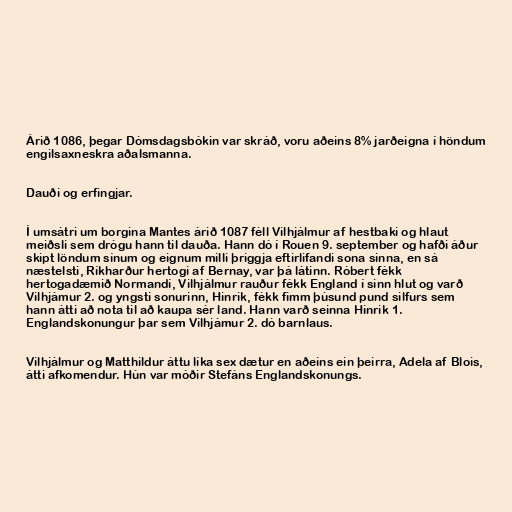
Árið 1086, þegar Dómsdagsbókin var skráð, voru aðeins 8% jarðeigna í höndum
engilsaxneskra aðalsmanna.

Dauði og erfingjar.

Í umsátri um borgina Mantes árið 1087 féll Vilhjálmur af hestbaki og hlaut
meiðsli sem drógu hann til dauða. Hann dó í Rouen 9. september og hafði áður
skipt löndum sínum og eignum milli þriggja eftirlifandi sona sinna, en sá
næstelsti, Ríkharður hertogi af Bernay, var þá látinn. Róbert fékk
hertogadæmið Normandí, Vilhjálmur rauður fékk England í sinn hlut og varð
Vilhjámur 2. og yngsti sonurinn, Hinrik, fékk fimm þúsund pund silfurs sem
hann átti að nota til að kaupa sér land. Hann varð seinna Hinrik 1.
Englandskonungur þar sem Vilhjámur 2. dó barnlaus.

Vilhjálmur og Matthildur áttu líka sex dætur en aðeins ein þeirra, Adela af Blois,
átti afkomendur. Hún var móðir Stefáns Englandskonungs.